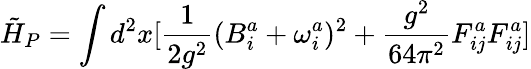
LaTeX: \tilde{H}_{P}=\int d^{2}x[\frac{1}{2g^{2}}(B_{i}^{a}+\omega_{i}^{a})^{2}+\frac{g^{2}}{64\pi^{2}}F_{ij}^{a}F_{ij}^{a}]